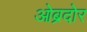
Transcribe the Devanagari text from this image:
ओब्रदोर